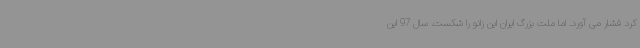
کرد فشار می آورد. اما ملت بزرگ ایران این زانو را شکست. سال 97 این